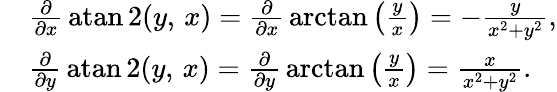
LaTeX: {\begin{array}{rl}&{{\frac{\partial}{\partial x}}\operatorname{atan2}(y,\, x)={\frac{\partial}{\partial x}}\arctan\left({\frac{y}{x}}\right)=-{\frac{y}{x^{2}+y^{2}}},}\\ &{{\frac{\partial}{\partial y}}\operatorname{atan2}(y,\, x)={\frac{\partial}{\partial y}}\arctan\left({\frac{y}{x}}\right)={\frac{x}{x^{2}+y^{2}}}.}\end{array}}